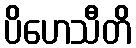
ပိဟေသီတိ